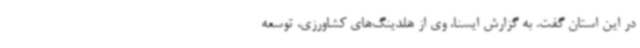
در این استان گفت. به گزارش ایسنا، وی از هلدینگ‌های کشاورزی، توسعه